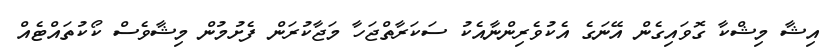
އިޝާ މިޝްކާ ގޮވައިގެން އޭނަގެ އެކުވެރިންނާއެކު ސަކަރާތްޖަހާ މަޖާކުރަން ފެށުމުން މިޝާވެސް ކޯކުތައްޓެއް